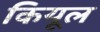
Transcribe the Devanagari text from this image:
कियूल